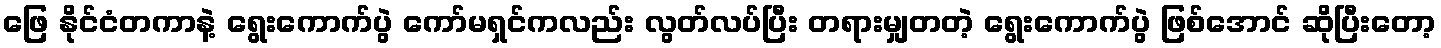
ဖြေ နိုင်ငံတကာနဲ့ ရွေးကောက်ပွဲ ကော်မရှင်ကလည်း လွတ်လပ်ပြီး တရားမျှတတဲ့ ရွေးကောက်ပွဲ ဖြစ်အောင် ဆိုပြီးတော့